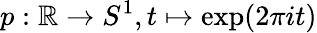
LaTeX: p:\mathbb{R}\to S^{1},t\mapsto\exp(2\pi it)